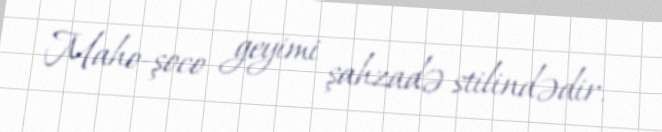
Maho-şoco geyimi şahzadə stilindədir.